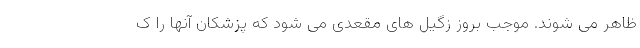
ظاهر می شوند. موجب بروز زگیل های مقعدی می شود که پزشکان آنها را ک